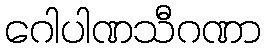
ဂေါပါဏသီဂဏာ